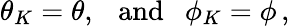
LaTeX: \theta_{K}=\theta,~~~\mathrm{and}~~~\phi_{K}=\phi\, ,